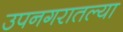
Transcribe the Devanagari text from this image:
उपनगरातल्या